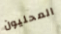
المحليون